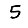
Digit: 5